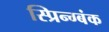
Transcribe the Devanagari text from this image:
स्प्रिन्ग्बंक